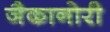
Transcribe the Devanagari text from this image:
जैकानोरी